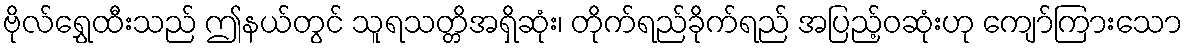
ဗိုလ်ရွှေထီးသည် ဤနယ်တွင် သူရသတ္တိအရှိဆုံး၊ တိုက်ရည်ခိုက်ရည် အပြည့်ဝဆုံးဟု ကျော်ကြားသော